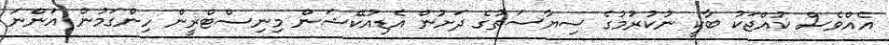
އެއްވެސް ކުއްޖަކު ބާކީ ނުކުރުމުގެ ސިޔާސަތުގެ ދަށުން އެޑިއުކޭޝަން މިނިސްޓްރީން ހިންގަމުން އަންނަ